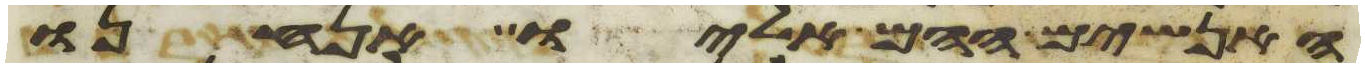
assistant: האנשים ההם אליו אנחנו